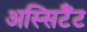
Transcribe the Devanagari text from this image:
अस्सिटैंट